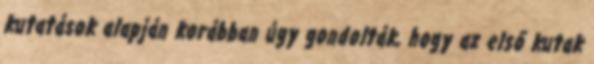
kutatások alapján korábban úgy gondolták, hogy az első kutak